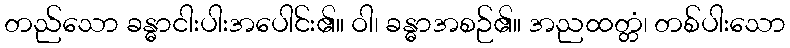
တည်သော ခန္ဓာငါးပါးအပေါင်း၏။ ဝါ၊ ခန္ဓာအစဉ်၏။ အညထတ္တံ၊ တစ်ပါးသော